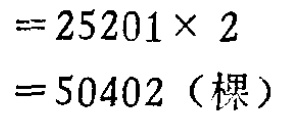
\[

\begin{align*}

&= 25201\times 2\\

&= 50402 \text{（棵）}

\end{align*}

\]